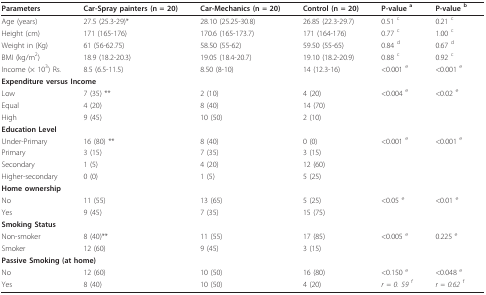
<table><thead><tr><td><b>Parameters</b></td><td><b>Car-Spray painters (n = 20)</b></td><td><b>Car-Mechanics (n = 20)</b></td><td><b>Control (n = 20)</b></td><td><b>P-value <sup>a</sup></b></td><td><b>P-value <sup>b</sup></b></td></tr></thead><tbody><tr><td>Age (years)</td><td>27.5 (25.3-29)*</td><td>28.10 (25.25-30.8)</td><td>26.85 (22.3-29.7)</td><td>0.51 <sup>c</sup></td><td>0.21 <sup>c</sup></td></tr><tr><td>Height (cm)</td><td>171 (165-176)</td><td>170.6 (165-173.7)</td><td>171 (164-176)</td><td>0.77 <sup>c</sup></td><td>1.00 <sup>c</sup></td></tr><tr><td>Weight in (Kg)</td><td>61 (56-62.75)</td><td>58.50 (55-62)</td><td>59.50 (55-65)</td><td>0.84 <sup>d</sup></td><td>0.67 <sup>d</sup></td></tr><tr><td>BMI (kg/m<sup>2</sup>)</td><td>18.9 (18.2-20.3)</td><td>19.05 (18.4-20.7)</td><td>19.10 (18.2-20.9)</td><td>0.88 <sup>c</sup></td><td>0.92 <sup>c</sup></td></tr><tr><td>Income (× 10<sup>3</sup>) Rs.</td><td>8.5 (6.5-11.5)</td><td>8.50 (8-10)</td><td>14 (12.3-16)</td><td>&lt;0.001 <sup>e</sup></td><td>&lt;0.001 <sup>e</sup></td></tr><tr><td colspan="2"><b>Expenditure versus Income</b></td><td></td><td></td><td></td><td></td></tr><tr><td>Low</td><td>7 (35) **</td><td>2 (10)</td><td>4 (20)</td><td>&lt;0.004 <sup>e</sup></td><td>&lt;0.02 <sup>e</sup></td></tr><tr><td>Equal</td><td>4 (20)</td><td>8 (40)</td><td>14 (70)</td><td></td><td></td></tr><tr><td>High</td><td>9 (45)</td><td>10 (50)</td><td>2 (10)</td><td></td><td></td></tr><tr><td colspan="2"><b>Education Level</b></td><td></td><td></td><td></td><td></td></tr><tr><td>Under-Primary</td><td>16 (80) **</td><td>8 (40)</td><td>0 (0)</td><td>&lt;0.001 <sup>e</sup></td><td>&lt;0.001 <sup>e</sup></td></tr><tr><td>Primary</td><td>3 (15)</td><td>7 (35)</td><td>3 (15)</td><td></td><td></td></tr><tr><td>Secondary</td><td>1 (5)</td><td>4 (20)</td><td>12 (60)</td><td></td><td></td></tr><tr><td>Higher-secondary</td><td>0 (0)</td><td>1 (5)</td><td>5 (25)</td><td></td><td></td></tr><tr><td><b>Home ownership</b></td><td></td><td></td><td></td><td></td><td></td></tr><tr><td>No</td><td>11 (55)</td><td>13 (65)</td><td>5 (25)</td><td>&lt;0.05 <sup>e</sup></td><td>&lt;0.01 <sup>e</sup></td></tr><tr><td>Yes</td><td>9 (45)</td><td>7 (35)</td><td>15 (75)</td><td></td><td></td></tr><tr><td><b>Smoking Status</b></td><td></td><td></td><td></td><td></td><td></td></tr><tr><td>Non-smoker</td><td>8 (40)**</td><td>11 (55)</td><td>17 (85)</td><td>&lt;0.005 <sup>e</sup></td><td>0.225 <sup>e</sup></td></tr><tr><td>Smoker</td><td>12 (60)</td><td>9 (45)</td><td>3 (15)</td><td></td><td></td></tr><tr><td colspan="2"><b>Passive Smoking (at home)</b></td><td></td><td></td><td></td><td></td></tr><tr><td>No</td><td>12 (60)</td><td>10 (50)</td><td>16 (80)</td><td>&lt;0.150 <sup>e</sup></td><td>&lt;0.048 <sup>e</sup></td></tr><tr><td>Yes</td><td>8 (40)</td><td>10 (50)</td><td>4 (20)</td><td><i>r = 0. 59 </i><sup>f</sup></td><td><i>r = 0.62 </i><sup>f</sup></td></tr></tbody></table>